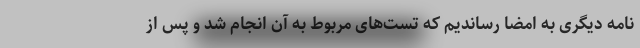
نامه دیگری به امضا رساندیم که تست‌های مربوط به آن انجام شد و پس از